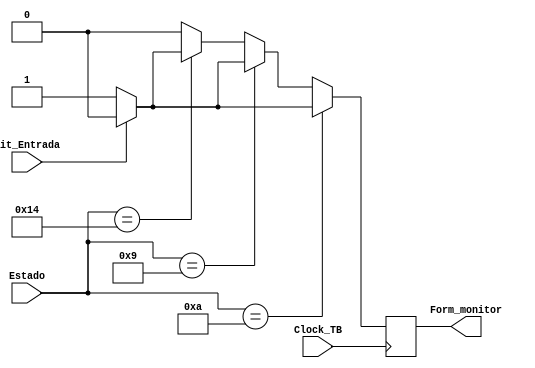
module can_form_error (input Clock_TB, input Bit_Entrada, input [0:5] Estado, output Form_monitor);


reg Form_monitor_Temp = 0;
parameter form_CLKS_PER_BIT = 10; //Setado pelo modulo superior


always @(posedge Clock_TB)
	begin
							

	   //-------------------------------------------------------
		if (Estado == 10) 														// ACK Delimiter
		begin
			if(Bit_Entrada == 1'b0)												// Se o ack delimiter for 0, temos um erro de formacao
				Form_monitor_Temp <= 1;
			else
				Form_monitor_Temp <= 0;

		end
		//-------------------------------------------------------
		else if(Estado ==9) 														// CRC Delimiter
		begin
			if(Bit_Entrada == 1'b0)												// Se o CRC delimiter for 0, temos um erro de formacao
				Form_monitor_Temp <= 1;
			else
				Form_monitor_Temp <= 0;
		end	
		//-------------------------------------------------------
		else if(Estado ==20)														//End Of frame
		begin
			if(Bit_Entrada == 1'b0)												// Se algum dos bits do end of frame for 0,, temos um erro de formacao
				Form_monitor_Temp <= 1;
			else
				Form_monitor_Temp <= 0;
		end	
		//-------------------------------------------------------
		else
			Form_monitor_Temp <= 0;

end

//$display("ENTROU");

assign Form_monitor = Form_monitor_Temp;

endmodule